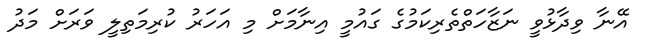
އޭނާ ވިދާޅުވީ ނަޒާހަތްތެރިކަމުގެ ގައުމީ އިނާމަށް މި އަހަރު ކުރިމަތިލީ ވަރަށް މަދު